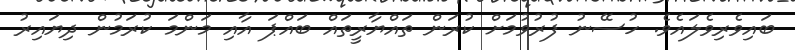
ބައިވެރިވެލައެވެ. ހުސޭނު ފުރުވުމަށް ކުރަން ތައްޔާރީތައް ބައްޕަ އާއި މަންމަ ކުރަމުން ދިޔައިރު